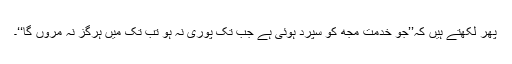
پھر لکھتے ہیں کہ’’جو خدمت مجھ کو سپرد ہوئی ہے جب تک پوری نہ ہو تب تک مَیں ہرگز نہ مروں گا‘‘۔